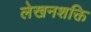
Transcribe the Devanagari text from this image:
लेखनशक्ति